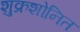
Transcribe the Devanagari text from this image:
शुक्रशोनित